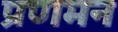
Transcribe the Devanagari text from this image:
प्रणमन